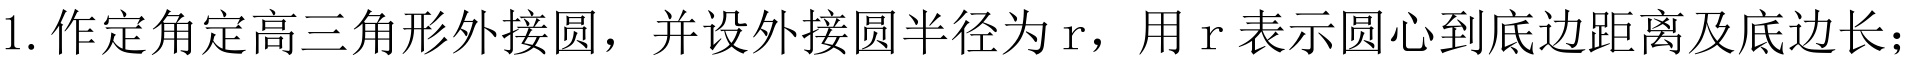
1. 作定角定高三角形外接圆，并设外接圆半径为\(r\)，用\(r\)表示圆心到底边距离及底边长；